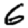
Digit: 6